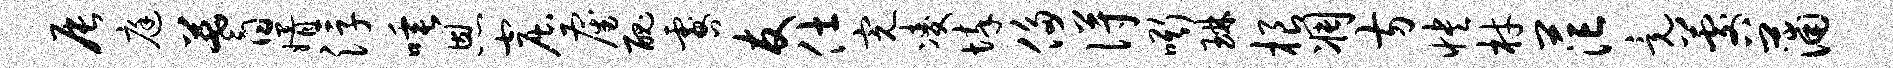
辰庭蓍婿浮唾恩窟雇丑咎友仕完凌悴侈得嘶琳根凋方怏材茫竟晷蒲